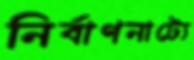
নির্বাণনাট্যে